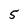
Character: 5